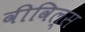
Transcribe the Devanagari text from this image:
वीविल्स